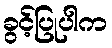
ခွင့်ပြုပါက